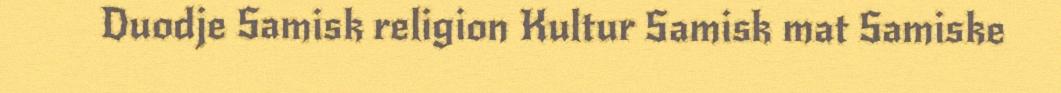
Duodje Samisk religion Kultur Samisk mat Samiske